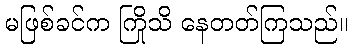
မဖြစ်ခင်က ကြိုသိ နေတတ်ကြသည်။